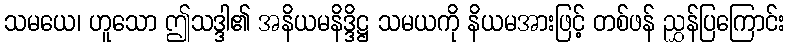
သမယေ၊ ဟူသော ဤသဒ္ဒါ၏ အနိယမနိဒ္ဒိဋ္ဌ သမယကို နိယမအားဖြင့် တစ်ဖန် ညွှန်ပြကြောင်း